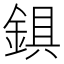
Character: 𨨣